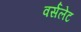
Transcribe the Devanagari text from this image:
वर्सलेट